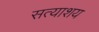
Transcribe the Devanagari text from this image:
सत्याशय